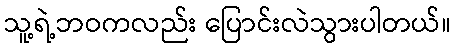
သူ့ရဲ့ဘဝကလည်း ပြောင်းလဲသွားပါတယ်။